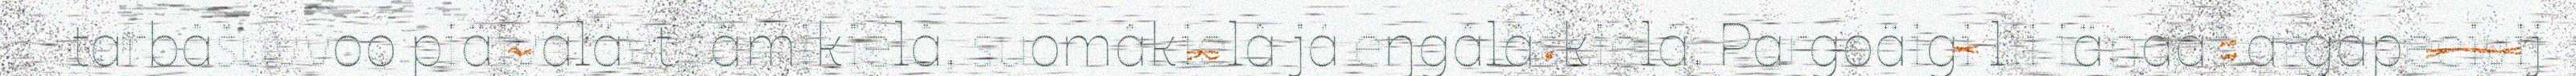
tarbâšuvvoo piäiválávt sämikielâ, suomâkielâ já eŋgâlâskielâ. Pargoäigi lii iänááš argâpeeivij